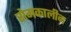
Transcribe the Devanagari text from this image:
रोमकालीन